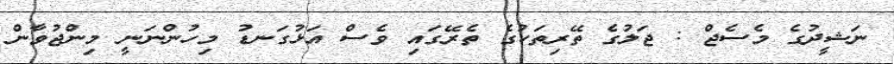
ނަޝީދުގެ މެސެޖް : ޖަލުގެ ތޭރިތަކުގެ ތެރޭގައި ވެސް އަޅުގަނޑު މިހުންނަނީ މިންޖުވާން